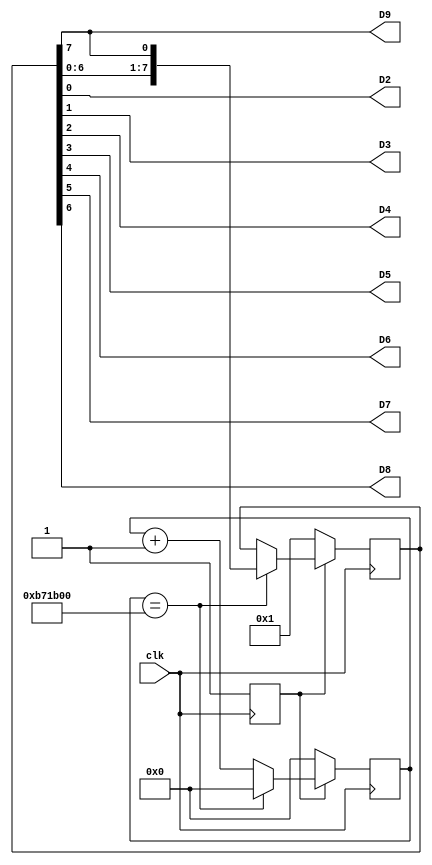
module top(input clk, output D2, output D3, output D4, output D5, output D6, 
    output D7, output D8, output D9);
   
   reg ready = 0;
   reg [23:0]     divider;
   reg [7:0]      rot;
   
   always @(posedge clk) begin
      if (ready) 
        begin
           if (divider == 12000000) 
             begin
                divider <= 0;
                rot <= {rot[6:0], rot[7]};
             end
           else 
             divider <= divider + 1;
        end
      else 
        begin
           ready <= 1;
           rot <= 8'b00000001;
           divider <= 0;
        end
   end
   
   assign D2 = rot[0];
   assign D3 = rot[1];
   assign D4 = rot[2];
   assign D5 = rot[3];
   assign D6 = rot[4];
   assign D7 = rot[5];
   assign D8 = rot[6];
   assign D9 = rot[7];
endmodule // top